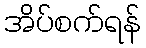
အိပ်စက်ရန်